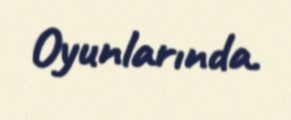
Oyunlarında.